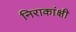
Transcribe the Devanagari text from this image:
निराकांक्षी